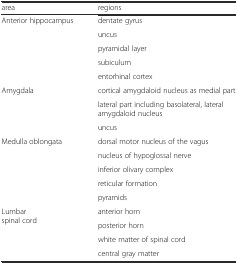
| area | regions |
 | --- | --- |
 | <ROWSPAN=5> Anterior hippocampus | dentate gyrus |
 | uncus |
 | pyramidal layer |
 | subiculum |
 | entorhinal cortex |
 | <ROWSPAN=3> Amygdala | cortical amygdaloid nucleus as medial part |
 | lateral part including basolateral, lateral amygdaloid nucleus |
 | uncus |
 | <ROWSPAN=5> Medulla oblongata | dorsal motor nucleus of the vagus |
 | nucleus of hypoglossal nerve |
 | inferior olivary complex |
 | reticular formation |
 | pyramids |
 | <ROWSPAN=4> Lumbar spinal cord | anterior horn |
 | posterior horn |
 | white matter of spinal cord |
 | central gray matter |